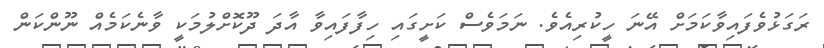
ރަގަޅުވެފައިވާކަމަށް އޭނަ ހީކުރިއެވެ. ނަމަވެސް ކަށީގައި ހިފާފައިވާ އާދަ ދޫކޮށްލުމަކީ ވާނެކަމެއް ނޫންކަން